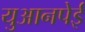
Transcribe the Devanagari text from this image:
युआनपेई